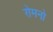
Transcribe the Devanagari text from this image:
रोमनो